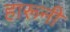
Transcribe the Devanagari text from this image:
हारूनी